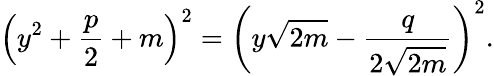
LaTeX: \left(y^{2}+{\frac{p}{2}}+m\right)^{2}=\left(y{\sqrt{2m}}-{\frac{q}{2{\sqrt{2m}}}}\right)^{2}.